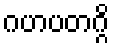
ဂဟပတဂ္ဂိ